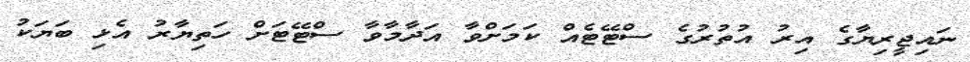
ނައިޖީރިޔާގެ އިރު އުތުރުގެ ސްޓޭޓެއް ކަމަށްވާ އަދާމާވާ ސްޓޭޓަށް ހަތިޔާރު އެޅި ބަޔަކު